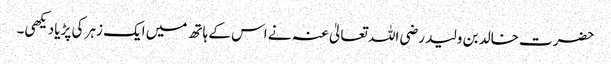
حضرت خالد بن ولید رضی اللہ تعالیٰ عنہ نے اس کے ہاتھ میں ایک زہر کی پڑیا دیکھی۔